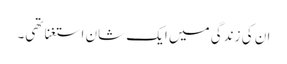
ان کی زندگی میں ایک شان استغنا تھی۔